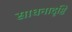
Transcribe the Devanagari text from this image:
साधनादृष्टि